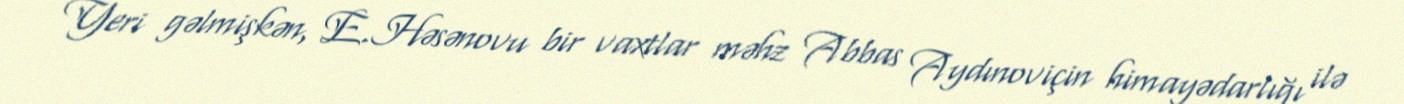
Yeri gəlmişkən, E.Həsənovu bir vaxtlar məhz Abbas Aydınoviçin himayədarlığı ilə